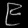
Digit: ၉